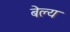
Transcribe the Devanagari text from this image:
बेल्य